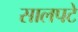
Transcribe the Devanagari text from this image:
सालपटे